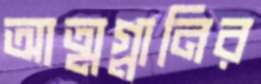
আত্মগ্লানির